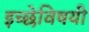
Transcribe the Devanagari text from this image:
इच्छेविषयी